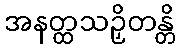
အနတ္ထသဉှိတန္တိ